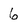
Character: 6